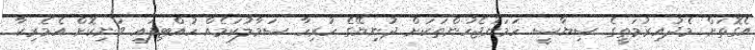
އެގޮތަށް މެދުއިރުމަތީގެ ސިޔާސީ ހަމަނުޖެހުންތަކަށް ދުނިޔޭގެ ހުރިހާ ސަމާލުކަމެއް ހުއްޓިފައި ވަނިކޮށް އެމެރިކާ